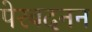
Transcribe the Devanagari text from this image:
पेरबदनन